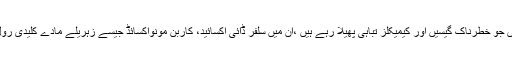
شہری ماحول میں جو خطرناک گیسیں اور کیمیکلز تباہی پھیلا رہے ہیں ،ان میں سلفر ڈائی آکسائید، کاربن مونوآکسائڈ جیسے زہریلے مادے کلیدی رول ادا کررہے ہیں۔